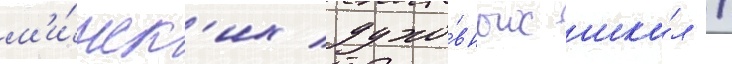
м'и́нск'их духо́вных шко́л /